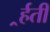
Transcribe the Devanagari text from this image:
र्र्हती